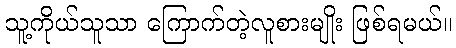
သူ့ကိုယ်သူသာ ကြောက်တဲ့လူစားမျိုး ဖြစ်ရမယ်။